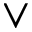
\vee